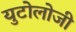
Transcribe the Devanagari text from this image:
युटोलोजी